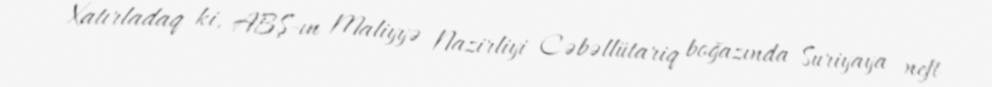
Xatırladaq ki, ABŞ-ın Maliyyə Nazirliyi Cəbəllütariq boğazında Suriyaya neft